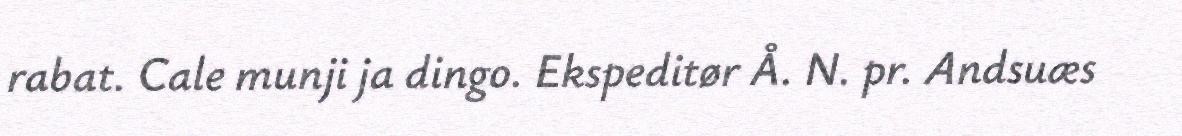
rabat. Cale munji ja dingo. Ekspeditør Å. N. pr. Andsuæs